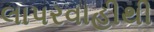
લાપરવાહીથી